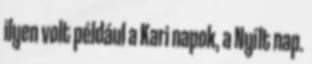
ilyen volt például a Kari napok, a Nyílt nap.